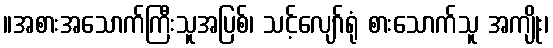
။အစားအသောက်ကြီးသူအပြစ်၊ သင့်လျော်ရုံ စားသောက်သူ အကျိုး၊